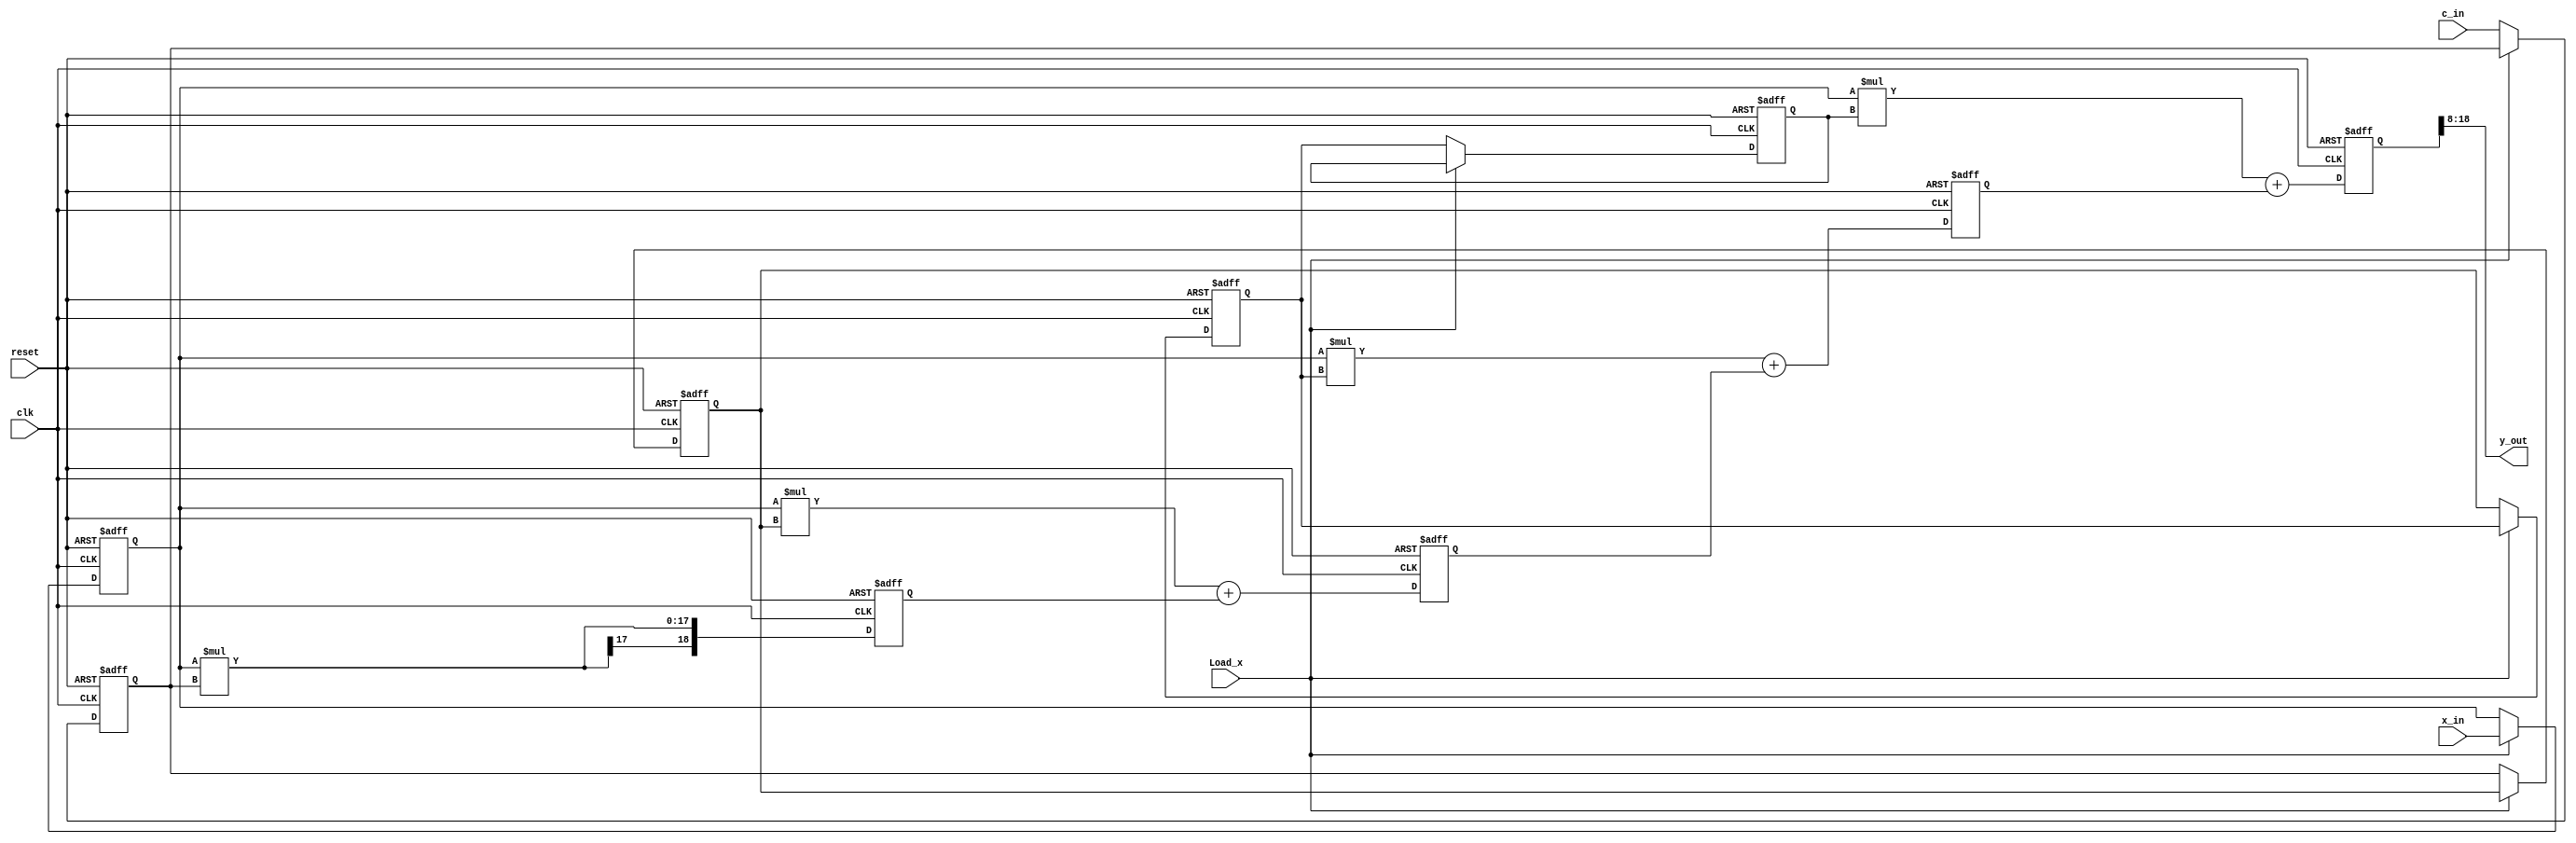
//*********************************************************
// IEEE STD 1364-2001 Verilog file: fir_gen.v 
// Author-EMAIL: Uwe.Meyer-Baese@ieee.org
//*********************************************************
// This is a generic FIR filter generator 
// It uses W1 bit data/coefficients bits
module fir_gen 
#(parameter W1 = 9,    // Input bit width
            W2 = 18,   // Multiplier bit width 2*W1
            W3 = 19,   // Adder width = W2+log2(L)-1
            W4 = 11,   // Output bit width
            L  = 4)    // Filter length 
  (input clk,                     // System clock
   input reset,                   // Asynchronous reset 
   input Load_x,                  // Load/run switch
   input signed [W1-1:0] x_in,    // System input
   input signed [W1-1:0] c_in,    //Coefficient data input   
   output signed [W4-1:0] y_out); // System output
// -------------------------------------------------------- 
  reg signed [W1-1:0]  x;
  wire signed [W3-1:0]  y;
// 1D array types i.e. memories supported by Quartus
// in Verilog 2001; first bit then vector size
  reg  signed [W1-1:0] c [0:3]; // Coefficient array 
  wire signed [W2-1:0] p [0:3]; // Product array
  reg  signed [W3-1:0] a [0:3]; // Adder array
                                                
//----> Load Data or Coefficient
  always @(posedge clk or posedge reset) 
    begin: Load
    integer k;    // loop variable  
    if (reset) begin         // Asynchronous clear
      for (k=0; k<=L-1; k=k+1) c[k] <= 0;
      x <= 0;
    end else if (! Load_x) begin
      c[3] <= c_in; // Store coefficient in register 
      c[2] <= c[3];   // Coefficients shift one 
      c[1] <= c[2];
      c[0] <= c[1];
    end else
      x <= x_in; // Get one data sample at a time
  end

//----> Compute sum-of-products
  always @(posedge clk or posedge reset) 
  begin: SOP
  // Compute the transposed filter additions
    integer k;    // loop variable 
    if (reset)         // Asynchronous clear
      for (k=0; k<=3; k=k+1) a[k] <= 0;
    else begin  
      a[0] <= p[0] + a[1];
      a[1] <= p[1] + a[2];
      a[2] <= p[2] + a[3];
      a[3] <= p[3]; // First TAP has only a register
    end
  end
  assign y = a[0];

  genvar I; //Define loop variable for generate statement
  generate
    for (I=0; I<L; I=I+1) begin : MulGen
    // Instantiate L multipliers
      assign p[I] = x * c[I];
    end
  endgenerate

  assign y_out = y[W3-1:W3-W4];

endmodule